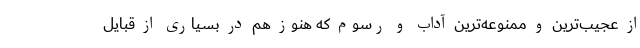
از عجیب‌ترین و ممنوعه‌ترین آداب و رسوم که هنوز هم در بسیاری از قبایل